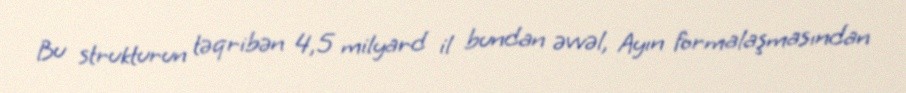
Bu strukturun təqribən 4,5 milyard il bundan əvvəl, Ayın formalaşmasından